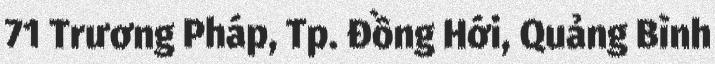
71 Trương Pháp, Tp. Đồng Hới, Quảng Bình